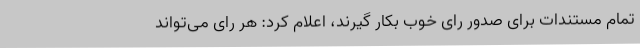
تمام مستندات برای صدور رای خوب بکار گیرند، اعلام کرد: هر رای می‌تواند